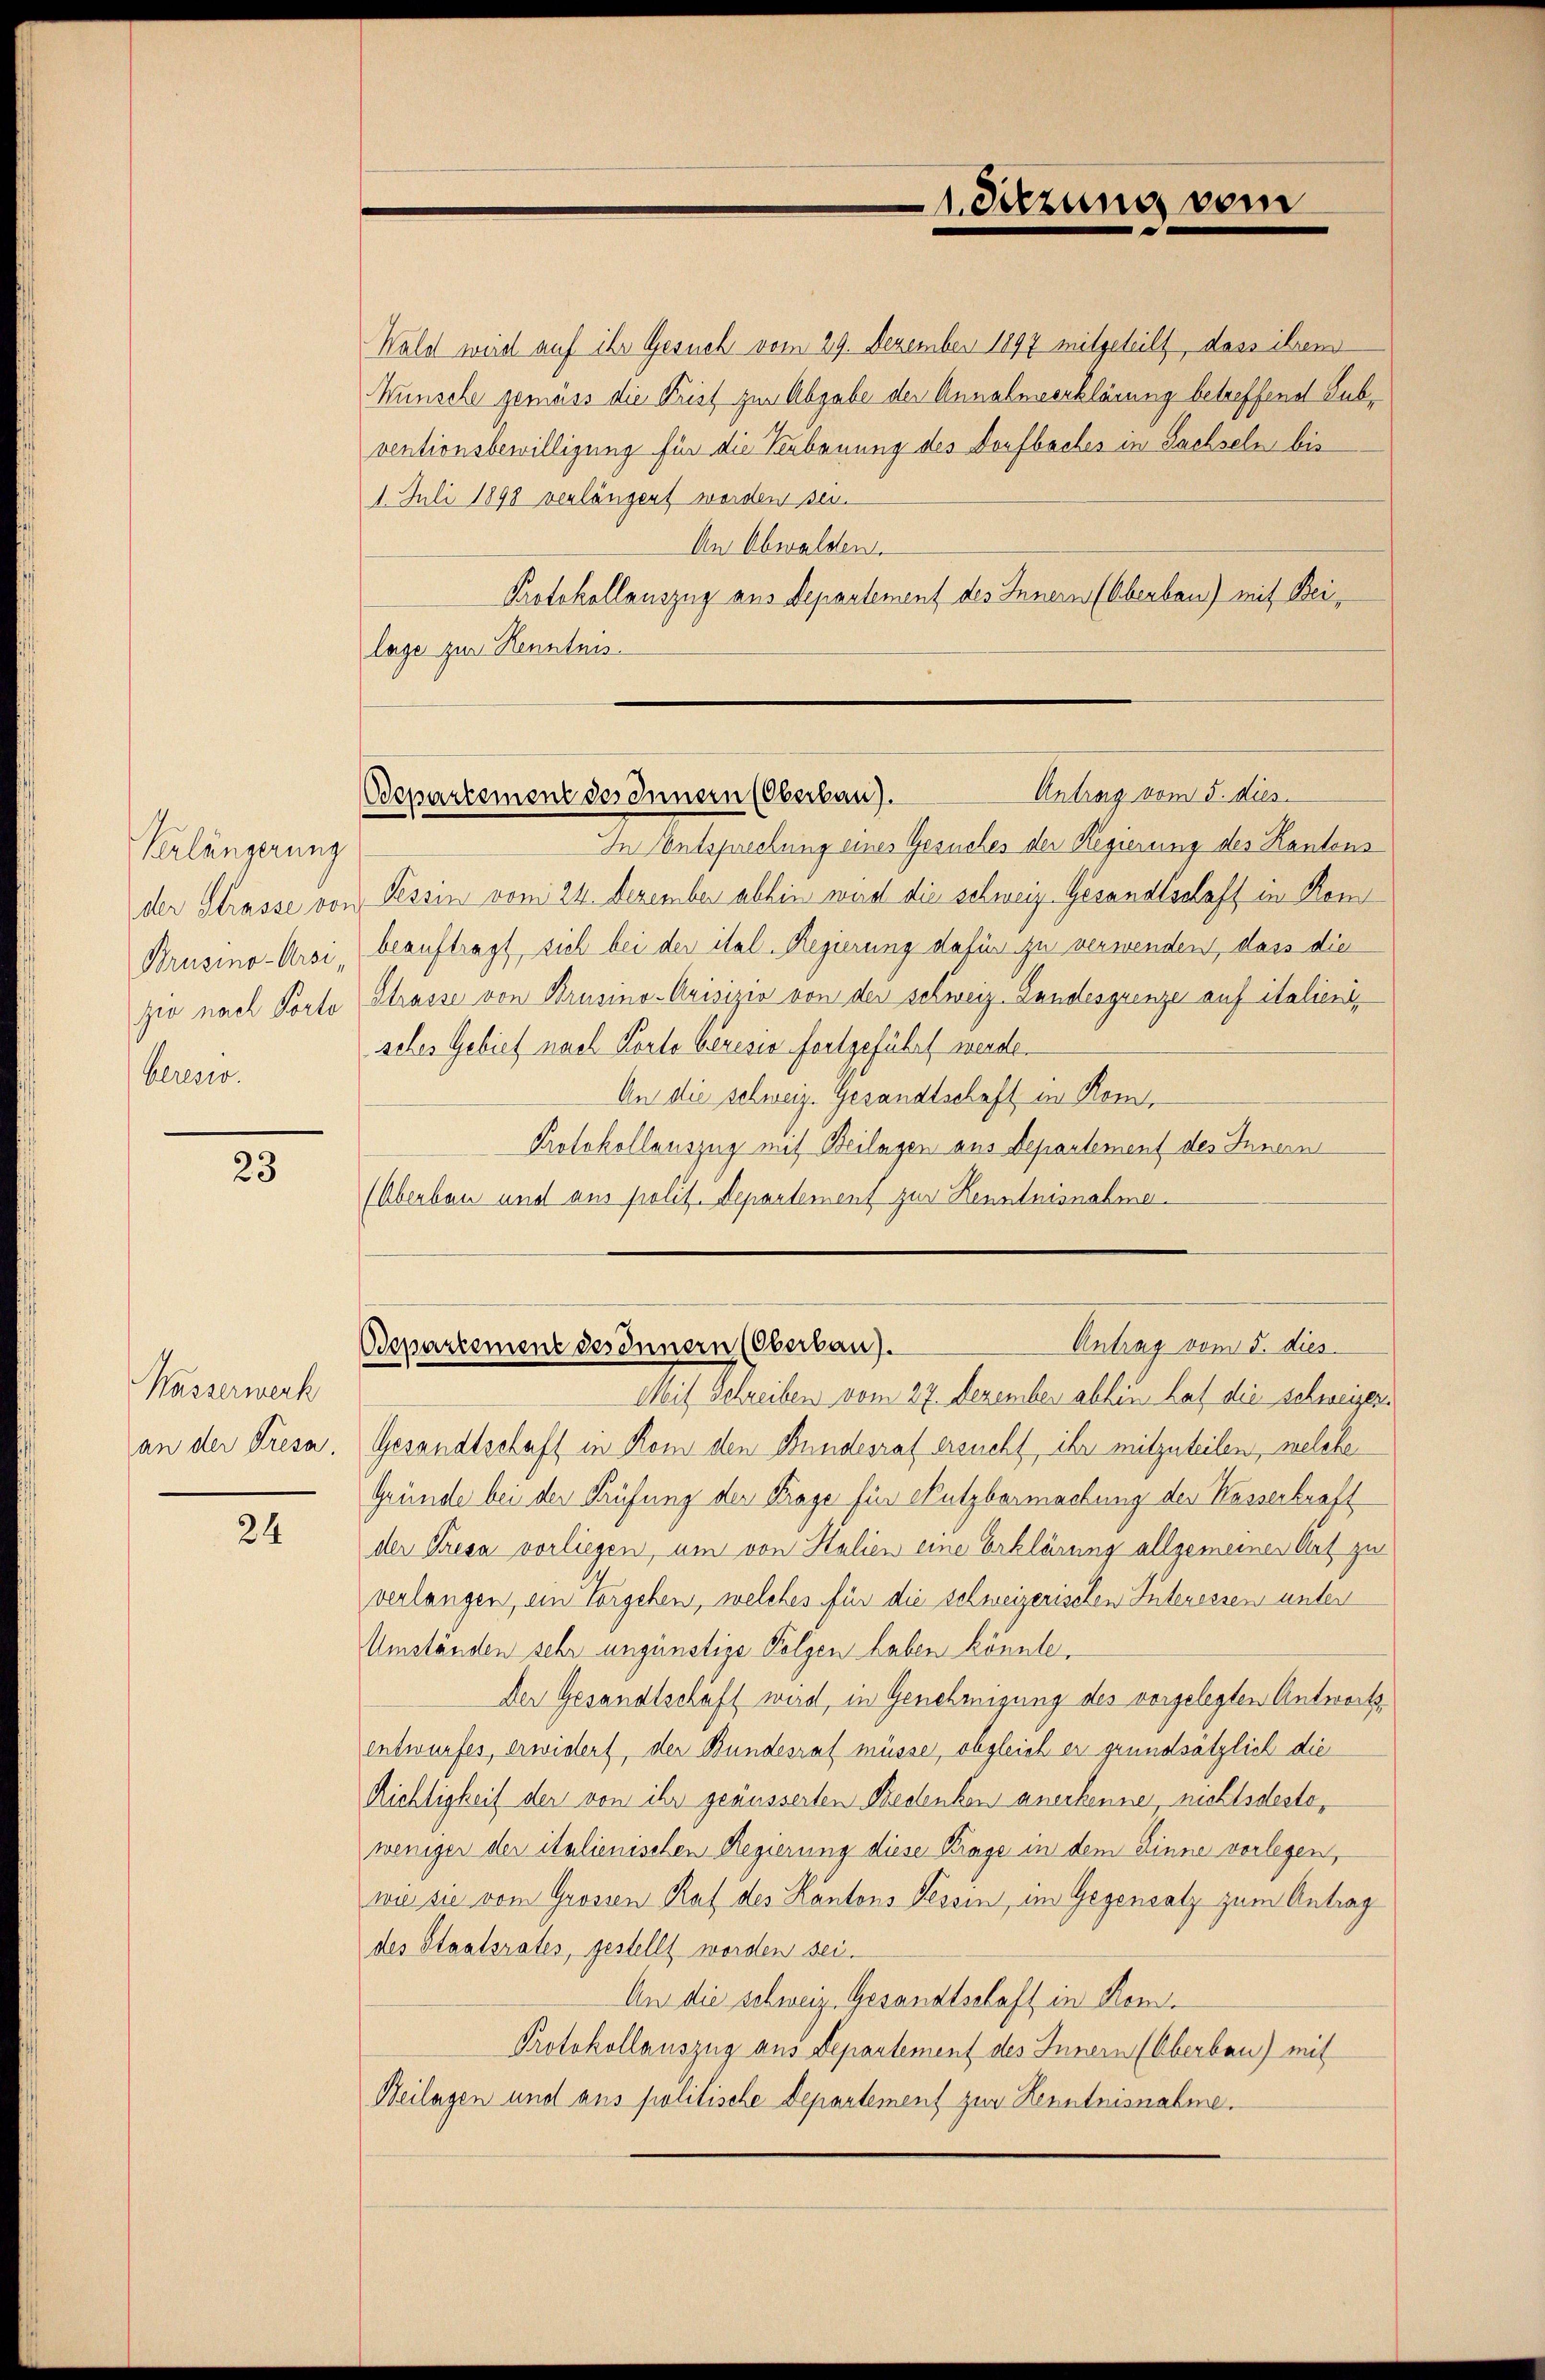
Verlängerung
Brusino-Arsi,
zio nach Porto
Cereser.

23

Wasserwech

24

Wald wird auf ihr Gesuch vom 29. Dezember 1897 mitgeteilt, dass ihrem
Wünsche gemäss die Frist zur Abgabe der Annahmeerklärung betreffend Subventionsbewilligung für die Verbenung des Dorfbaches in Sachseln bis
1. Juli 1898 verlängert werden sei.
An Obwalden.
Protokollauszug aus Departement des Innern (Oberbau) mit Beilage zur Renntnis.

1. Sitzung vom

In Entsprechung eines Gesuches der Regierung des Kantons
der Strasse von Tessin vom 24. Dezember abhin wird die schweiz. Gesandtschaft in Kom
beauftragt, sich bei der ital. Regierung dafür zu verwenden, dass die
Strasse von Brusino-Arisizio von der schweiz. Landesgrenze auf italienisches Gebiet nach Korte beresia fortgeführt werde.
An die schweiz. Gesandtschaft in Rom,
Protokollauszug mit Beilagen aus Departement des Innern
(Überbau und aus polit. Separtement zur Kenntnisnahme.

Antrag vom 5. dies
Odepartement des Innern (Oberbau).

Antrag vom 5. dies
Bepartement des Innern (Oberbau).

Mit Schreiben vom 27. Dezember abhin hat die schweizeran der Fresa. Gesandtschaft in Rom den Bundesrat ersucht, ihr mitzuteilen, welche
Gründe bei der Prüfung der Frage für Nutzbarmachung der Kasserkraft
der Presa vorliegen, um von Halien eine Erklärung allgemeiner Art zu
verlangen, ein Vorgehen, welches für die schweizerischen Interessen unter
Umständen sehr ungünstige Folgen haben könnte.
Der Gesandtschäft wird, in Genehmigung des vorgelegten Antwortsentwurfes, erwidert, der Bundesrat müsse, obgleich er grundsätzlich die
Richtigkeit der von ihr geäusserten Bedenken anerkennen, nichtsdeste,
weniger der italienischen Regierung diese Krage in dem Zinne vorlegen,
wie sie vom Grossen Rat des Kantons Tessin, im Gegensatz zum Antrag
des Staatsrates, gestellt worden sei.
An die schweiz. Gesandtschaft in Kem¬
Protokollauszug aus Departement des Innern (Oberbau) mit
Beilagen und aus politische Departement zur Kenntnisnahme.